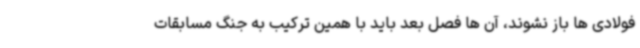
فولادی ها باز نشوند، آن ها فصل بعد باید با همین ترکیب به جنگ مسابقات